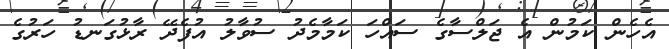
އެހެން ކަމުން އެ ޖަލްސާގެ ސައްހަ ކަމާމެދު ސުވާލު އުފެދޭ ރާޅުގަނޑު ހަރުގެ